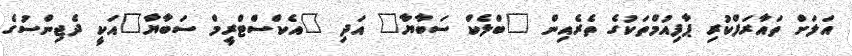
އަލަށް ތައާރަފްކުރި ޕާފިއުމްތަކުގެ ތެރެއިން "ބްލެކް ސަބާޔާ" އަދި "އެކްސްޓްރީމް ސަބާޔާ"އަކީ ދެޖިންސުގެ